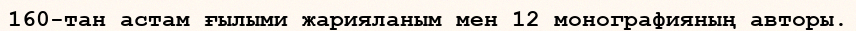
160-тан астам ғылыми жарияланым мен 12 монографияның авторы.